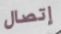
إتصال